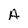
Character: A